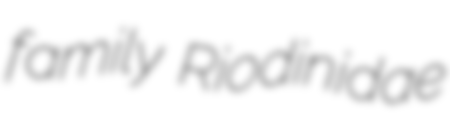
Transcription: family Riodinidae